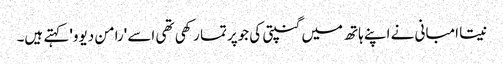
نیتا امبانی نے اپنے ہاتھ میں گنپتی کی جوپرتما رکھی تھی اسے 'رامن دیوو' کہتے ہیں۔